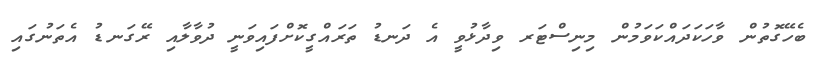
ބެހޭގޮތުން ވާހަކަދައްކަވަމުން މިނިސްޓަރ ވިދާޅުވީ އެ ދަނޑު ތަރައްގީކޮށްފައިވަނީ ދުވާލާއި ރޭގަނޑު އެތަނުގައި